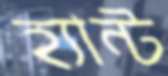
হ্যান্ট